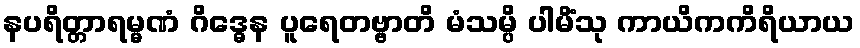
နပရိတ္တာရမ္မဏံ ဂိဒ္ဓေန ပူရေတဗ္ဗာတိ မံသမ္ပိ ပါမိံသု ကာယိကကိရိယာယ